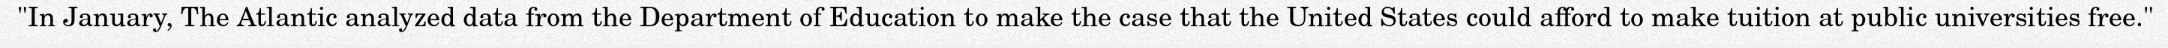
"In January, The Atlantic analyzed data from the Department of Education to make the case that the United States could afford to make tuition at public universities free."